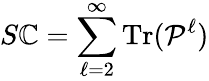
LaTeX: S\mathbb{C}=\sum_{\ell=2}^{\infty}\mathrm{{Tr}}(\mathbf{{\mathcal{{P}}}}^{\ell})